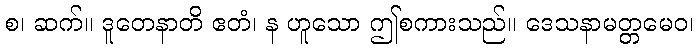
စ၊ ဆက်။ ဒူတေနာတိ ဧတံ၊ န ဟူသော ဤစကားသည်။ ဒေသနာမတ္တမေဝ၊